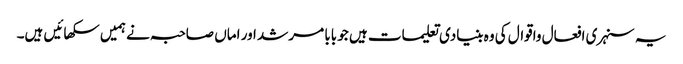
یہ سنہری افعال واقوال کی وہ بنیادی تعلیمات ہیں جو بابا مرشد اور اماں صاحبہ نے ہمیں سکھائیں ہیں۔